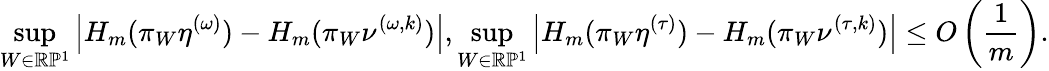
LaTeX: \operatorname*{sup}_{W\in\mathbb R\mathbb P^{1}}\left|H_{m}(\pi_{W}\eta^{(\omega)})-H_{m}(\pi_{W}\nu^{(\omega,k)})\right|,\operatorname*{sup}_{W\in\mathbb R\mathbb P^{1}}\left|H_{m}(\pi_{W}\eta^{(\tau)})-H_{m}(\pi_{W}\nu^{(\tau,k)})\right|\leq O\left(\frac{1}{m}\right).